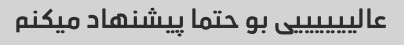
عالییییییی بو حتما پیشنهاد میکنم